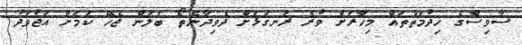
ސާވިސްގެ ހިދުމަތްތައް މިހާރަށް ވުރެ ރަނގަޅަށް ދެވިދާނެތޯ ބަލަން ޖެހޭ ކަމަށް އަޖުވަދު